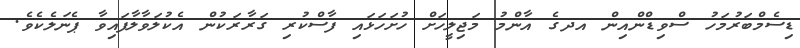
ޑިސެމްބަރުމަހު ސްވިޑްންއިން އދގެ އާންމު މަޖިލީހަށް ހުށަހަޅައި ފާސްކުރި ގަރާރަކުން އެކުލަވާލާފައިވާ ޕެނަލެކެވެ.